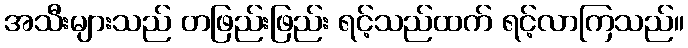
အသီးများသည် တဖြည်းဖြည်း ရင့်သည်ထက် ရင့်လာကြသည်။